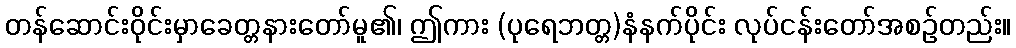
တန်ဆောင်းဝိုင်းမှာခေတ္တနားတော်မူ၏၊ ဤကား (ပုရေဘတ္တ)နံနက်ပိုင်း လုပ်ငန်းတော်အစဉ်တည်း။